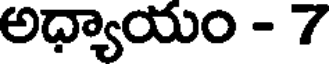
అధ్యాయం - 7